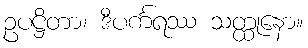
ဥပဋ္ဌိတာ၊ ဒီပင်္ကရဿ သတ္ထုနော။